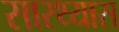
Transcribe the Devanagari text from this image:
सारथ्यास